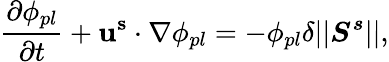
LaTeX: \frac{\partial\phi_{pl}}{\partial t}+\mathbf{u^{s}}\cdot\nabla\phi_{pl}=-\phi_{pl}\delta\vert\vert\boldsymbol{S^{s}}\vert\vert,